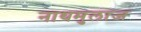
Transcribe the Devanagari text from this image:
नाथमुलाज